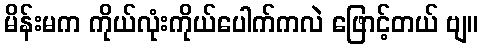
မိန်းမက ကိုယ်လုံးကိုယ်ပေါက်ကလဲ ဖြောင့်တယ် ဗျ။